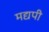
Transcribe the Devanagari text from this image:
मद्यपी